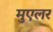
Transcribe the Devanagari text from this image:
मुएलर